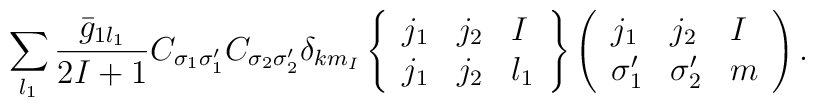
\sum_{l_1} \frac{\bar{g}_{1l_1}}{2I+1}  C_{\sigma_1\sigma'_1}  C_{\sigma_2\sigma'_2} \delta_{km_I}\left\{\begin{array}{lll}j_1&j_2&I\\j_1&j_2&l_1\end{array}\right\}\left(\begin{array}{lll}j_1&j_2&I\\\sigma'_1&\sigma'_2&m\end{array}\right).